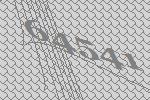
64541